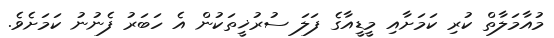
މުއާމަލާތް ކުރި ކަމަށާއި މީޑީއާގެ ފަލަ ސުރުޚީތަކުން އެ ހަބަރު ފެނުނު ކަމަށެވެ.